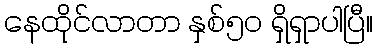
နေထိုင်လာတာ နှစ်၅၀ ရှိရှာပါပြီ။